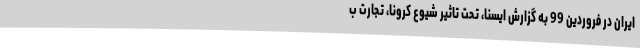
ایران در فروردین 99 به گزارش ایسنا، تحت تاثیر شیوع کرونا، تجارت ب